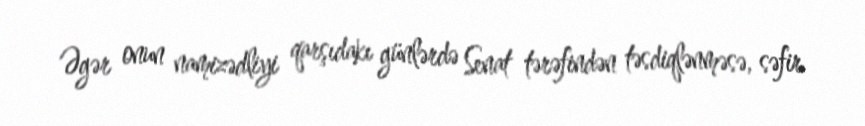
Əgər onun namizədliyi qarşıdakı günlərdə Senat tərəfindən təsdiqlənməsə, səfir